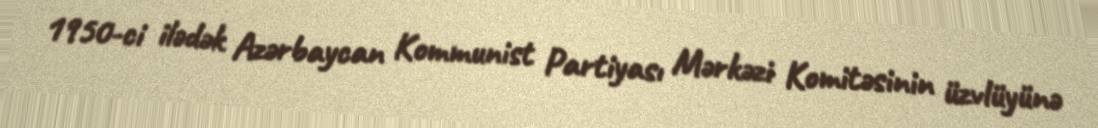
1950-ci ilədək Azərbaycan Kommunist Partiyası Mərkəzi Komitəsinin üzvlüyünə